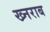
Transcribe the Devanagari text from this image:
ख्नराब